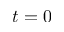
t = 0